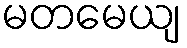
မတမေယျ